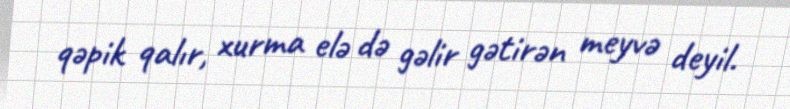
qəpik qalır, xurma elə də gəlir gətirən meyvə deyil.